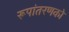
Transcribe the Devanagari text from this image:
रूपांतरणको